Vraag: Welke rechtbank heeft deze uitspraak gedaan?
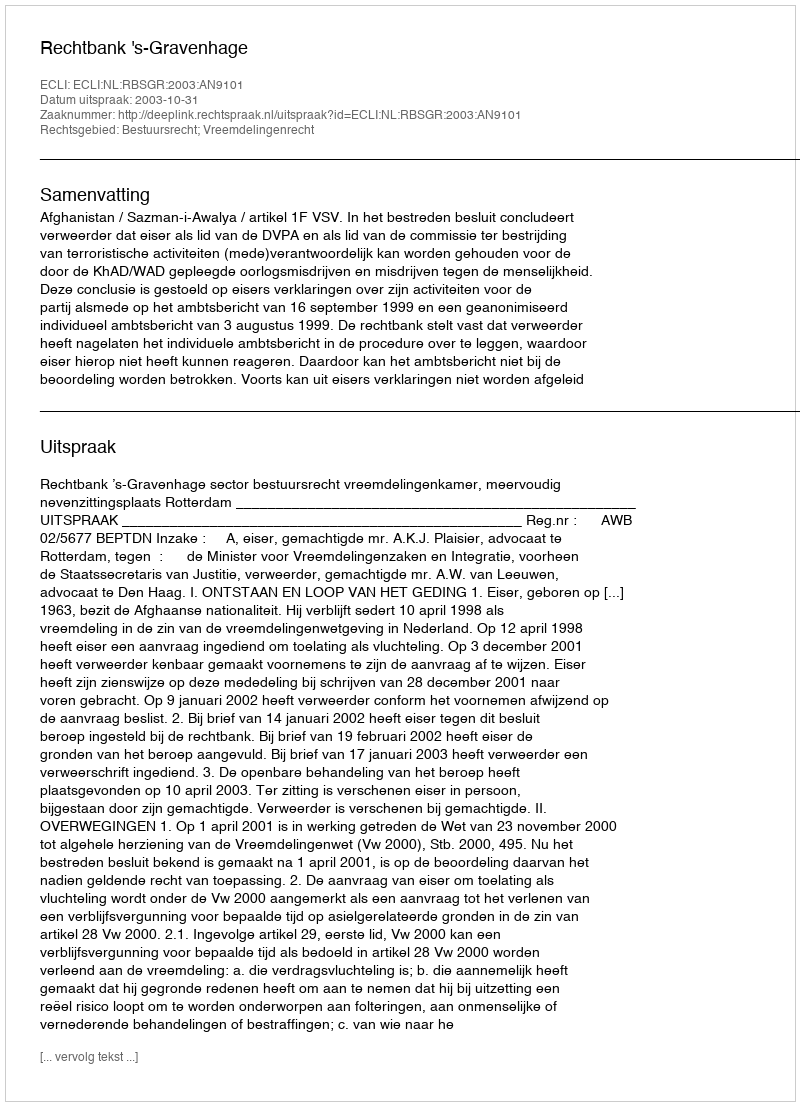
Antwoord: Rechtbank 's-Gravenhage